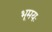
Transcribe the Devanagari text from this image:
भूमयः